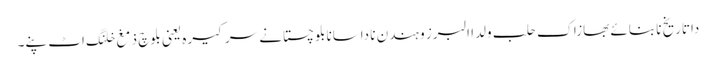
داتاریخ نا بنائے بھازاک حلب ولدا البرز و ہندن نا داسانابلوچستانے سرکیرہ یعنی بلوچ ذمغ خلنگ اٹ پنے۔